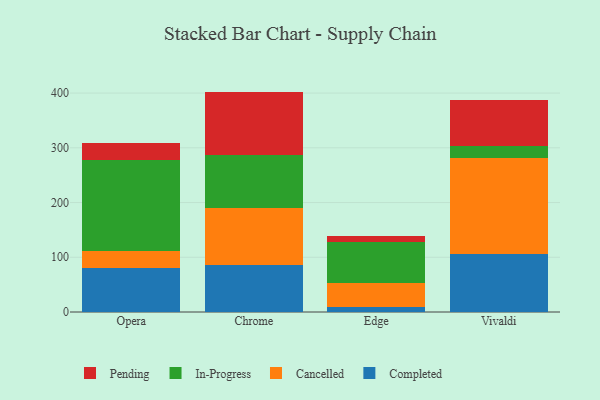
{"axis": {"x": "Browser", "y": "Market Share (%)"}, "legend": ["Cancelled", "Completed", "In-Progress", "Pending"], "data": [{"x": "Opera", "y": 81.0, "type": "Completed"}, {"x": "Opera", "y": 30.2, "type": "Cancelled"}, {"x": "Opera", "y": 167.2, "type": "In-Progress"}, {"x": "Opera", "y": 31.2, "type": "Pending"}, {"x": "Chrome", "y": 85.0, "type": "Completed"}, {"x": "Chrome", "y": 104.4, "type": "Cancelled"}, {"x": "Chrome", "y": 97.5, "type": "In-Progress"}, {"x": "Chrome", "y": 115.8, "type": "Pending"}, {"x": "Edge", "y": 8.6, "type": "Completed"}, {"x": "Edge", "y": 43.8, "type": "Cancelled"}, {"x": "Edge", "y": 75.6, "type": "In-Progress"}, {"x": "Edge", "y": 11.5, "type": "Pending"}, {"x": "Vivaldi", "y": 105.8, "type": "Completed"}, {"x": "Vivaldi", "y": 175.2, "type": "Cancelled"}, {"x": "Vivaldi", "y": 22.3, "type": "In-Progress"}, {"x": "Vivaldi", "y": 84.0, "type": "Pending"}]}